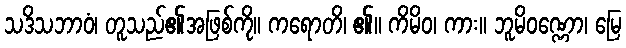
သဒိသဘာဝံ၊ တူသည်၏အဖြစ်ကို။ ကရောတိ၊ ၏။ ကိမိဝ၊ ကား။ ဘူမိဝဏ္ဏော၊ မြေ